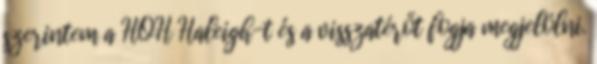
szerintem a HOH Haleigh-t és a visszatérőt fogja megjelölni.